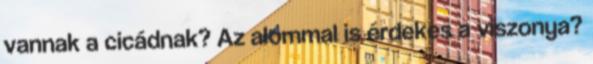
vannak a cicádnak? Az alommal is érdekes a viszonya?